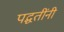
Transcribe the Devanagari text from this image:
पद्घतींनी